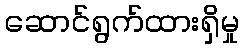
ဆောင်ရွက်ထားရှိမှု